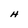
Character: H